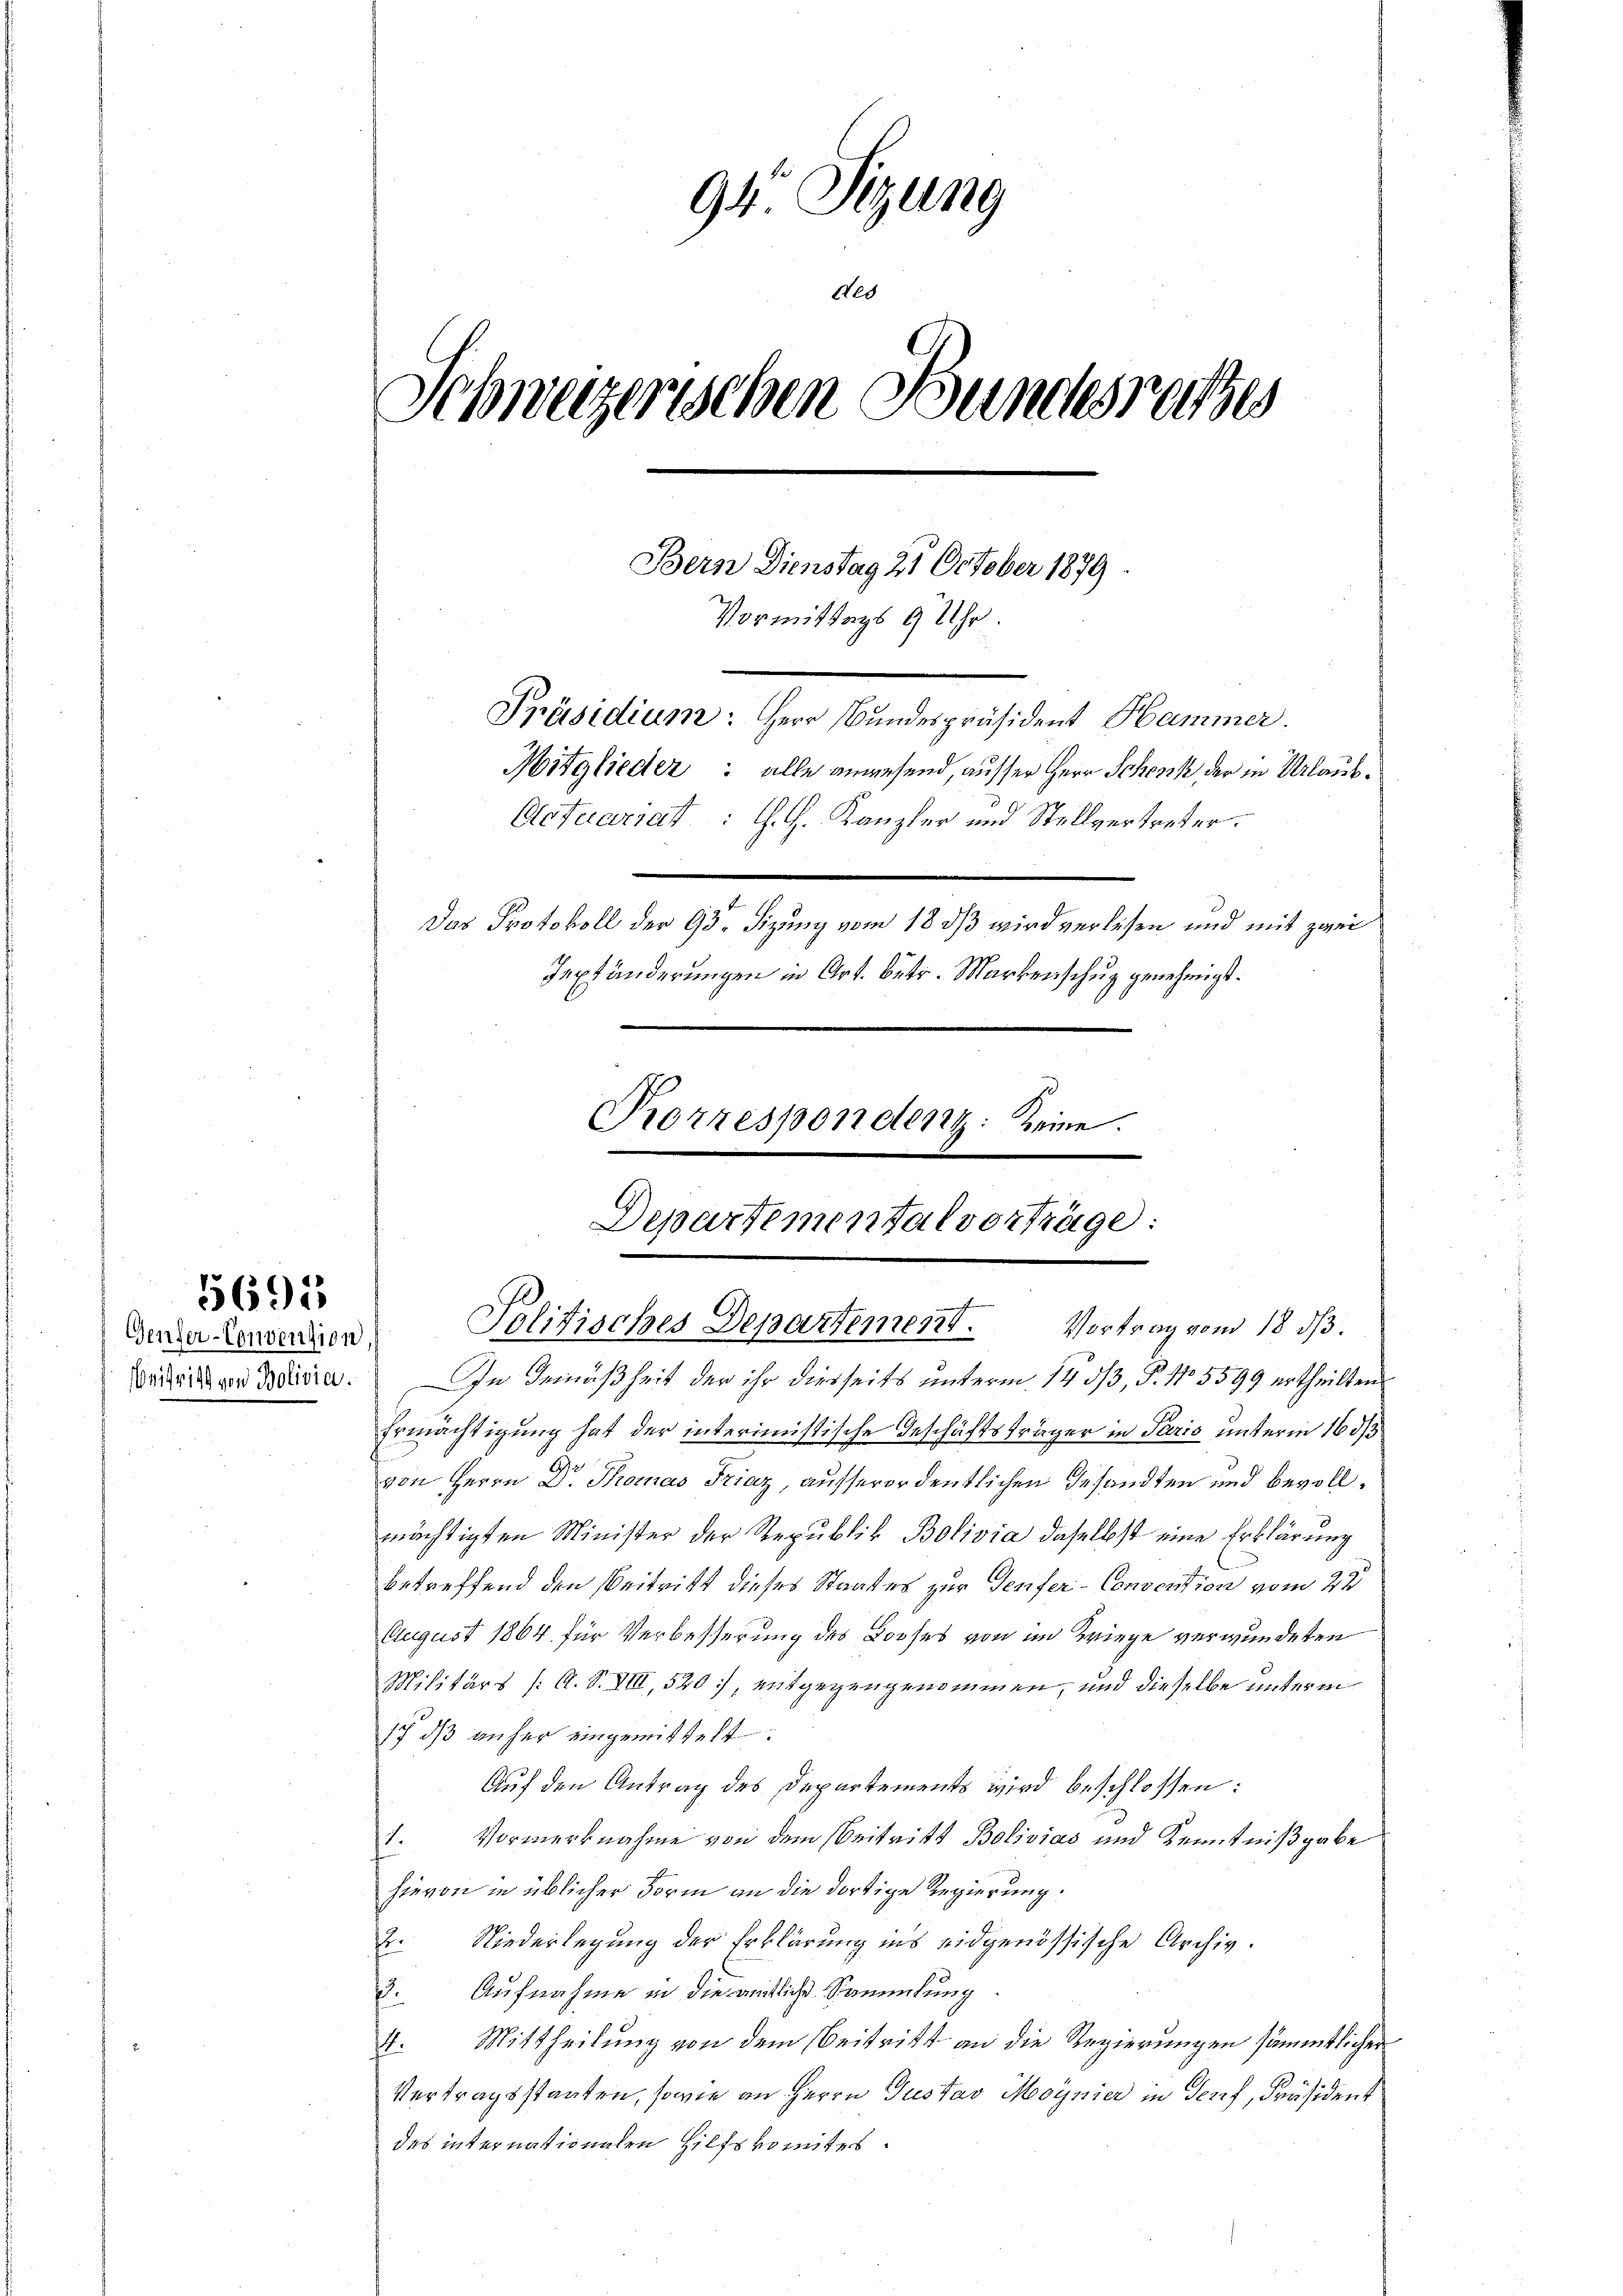
5695

Genfer-Convention, s

94 Sizung
.
Schweizerischen Bundesrathes
Bern Dienstag 21 October 1879.
Vormittags 9 Uhr.
Präsidium: Herr Bundespräsident Hammer.
Mitglieder: alle anwesend, ausser Herr Schenk der in Urlaub¬
Actuariat : G. H. Kanzler und Stellvertreter.
Das Protokoll der 98. Sizung vom 18 dß wird verlesen und mit zwei
Textänderungen in Art. betr. Markenschug genehmigt.
Korrespondent: Keine.

ded

Departemental vorträge:
Politisches Departement. Vortrag vom 18. dβ.

Bedactiven Maria. In Gemäßheit der ihr diesseits unterm 14. 53, P. Nr. 5599 ertheilten
Ermächtigung hat der interimistische Geschäftsträger in Paris unterm 16 ds
von Herrn Dr. Thomas Triaz, ausserordentlichen Gesandten und bevollmächtigten Minister der Republik Bolivia daselbst eine Erklärung
betreffend den Beitritt dieses Staates zur Genfer-Convention vom 23
August 1864 für Verbesserung des Looses von im Kriege verwundeten
Militärs /: A. S. VIII, 520, entgegengenommen, und dieselbe unterm
17. dβ anher eingemittelt:
Auf den Antrag des Departements wird beschlossen:
1. Vormerknahme von dem Beitritt Bolivias und Kenntnißgabe
hievon in üblicher Form an die dortige Regierung.
2. Niederlegung der Erklärung ins eidgenössische Archiv.
Aufnahme in die amtliche Sammlung
.
4. Mittheilung von dem Beitritt an die Regierungen sämmtlicher
Vertragsstaaten, sowie an Herrn Gustav Moynier in Genf, Präsident
des internationalen Hilfskomites.